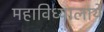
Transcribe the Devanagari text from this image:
महाविध्यालाये